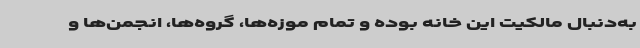
به‌دنبال مالکیت این خانه بوده و تمام موزه‌ها، گروه‌ها، انجمن‌ها و